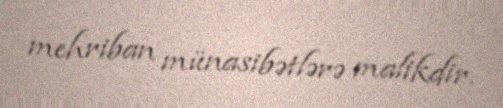
mehriban münasibətlərə malikdir.